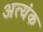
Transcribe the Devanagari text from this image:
अत्यंक